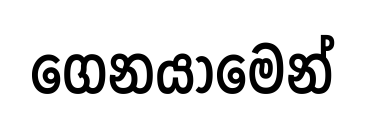
ගෙනයාමෙන්